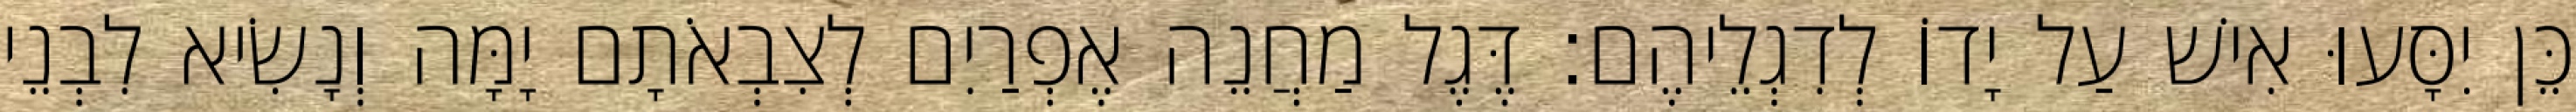
כֵּן יִסָּעוּ אִישׁ עַל יָדוֹ לְדִגְלֵיהֶם׃ דֶּגֶל מַחֲנֵה אֶפְרַיִם לְצִבְאֹתָם יָמָּה וְנָשִׂיא לִבְנֵי